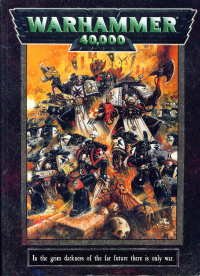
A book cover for Warhammer 40,000 Rulebook; Games Workshop; Science Fiction & Fantasy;